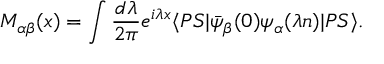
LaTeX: M _ { \alpha \beta } ( x ) = \int \frac { d \lambda } { 2 \pi } e ^ { i \lambda x } \langle P S | \bar { \psi } _ { \beta } ( 0 ) \psi _ { \alpha } ( \lambda n ) | P S \rangle .